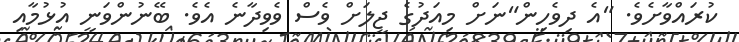
ކުރައްވާށެވެ. "އެ ދިވެހިން"ނަށް މިއަދުގެ ޖީލަށް ވެސް ވެވިދާނެ އެވެ. ބޭނުންވަނީ އުޅުމާއި